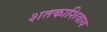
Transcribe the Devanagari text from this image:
शतकाशिवाय